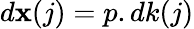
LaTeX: d\mathbf{x}(j)=p.dk(j)